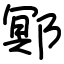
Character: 鄍